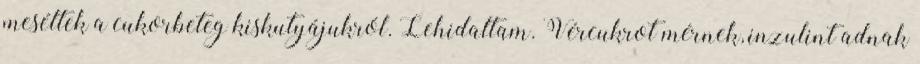
meséltek a cukorbeteg kiskutyájukról. Lehidaltam. Vércukrot mérnek, inzulint adnak